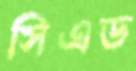
সিএড